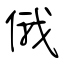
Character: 俄